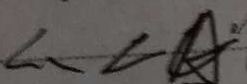
\therefore \angle A